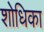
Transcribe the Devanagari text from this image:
शोधिका